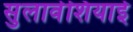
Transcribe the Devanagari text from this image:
सुलावेशियाई